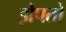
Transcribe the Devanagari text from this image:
झेपतो